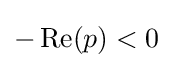
-\operatorname {Re} (p)<0